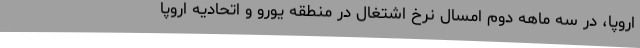
اروپا، در سه ماهه دوم امسال نرخ اشتغال در منطقه یورو و اتحادیه اروپا